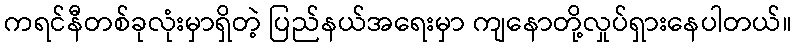
ကရင်နီတစ်ခုလုံးမှာရှိတဲ့ ပြည်နယ်အရေးမှာ ကျနောတို့လှုပ်ရှားနေပါတယ်။